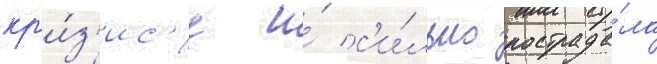
кр'и́з'ис'е и́ с'и́льно пострада́ла